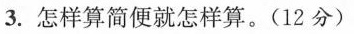
3.怎样算简便就怎样算。(12分)